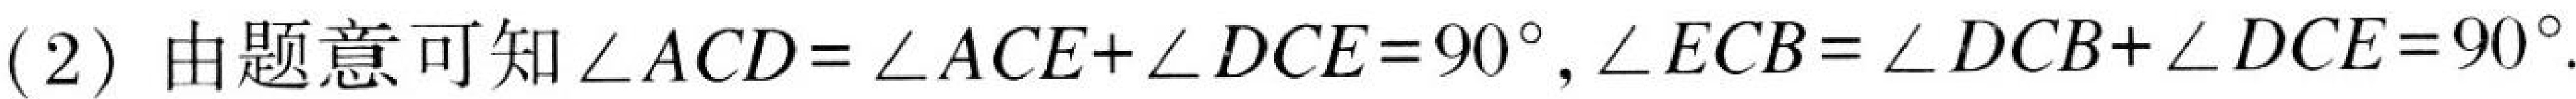
(2) 由题意可知\(\angle ACD=\angle ACE+\angle DCE = 90^{\circ},\angle ECB=\angle DCB+\angle DCE = 90^{\circ}\).